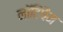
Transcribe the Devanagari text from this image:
नॉटिंघैम